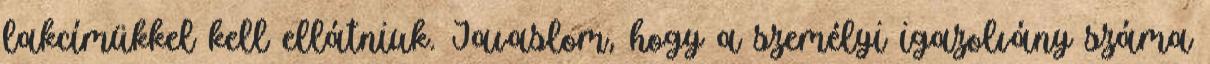
lakcímükkel kell ellátniuk. Javaslom, hogy a személyi igazolvány száma